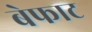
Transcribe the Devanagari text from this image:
बेफाट